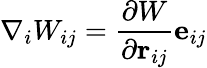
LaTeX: \nabla_{i}W_{ij}=\frac{\partial W}{\partial\textbf{r}_{ij}}\textbf{e}_{ij}